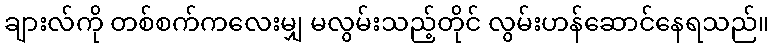
ချားလ်ကို တစ်စက်ကလေးမျှ မလွမ်းသည့်တိုင် လွမ်းဟန်ဆောင်နေရသည်။